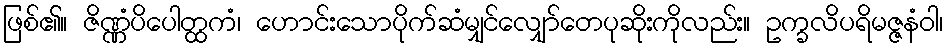
ဖြစ်၏။ ဇိဏ္ဏံပိပေါတ္ထကံ၊ ဟောင်းသောပိုက်ဆံမျှင်လျှော်တေပုဆိုးကိုလည်း။ ဥက္ခလိပရိမဇ္ဇနံဝါ၊